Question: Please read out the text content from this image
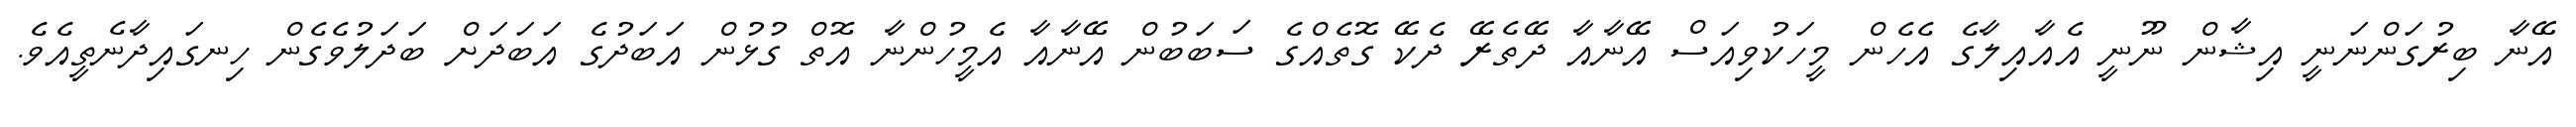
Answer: އޭނާ ބިރުގަންނަނީ އިޝާން ނޫނީ އެއާއިލާގެ އެހެން މީހަކުވިއަސް އޭނާއާ ދޭތެރޭ ދެކޭ ގޮތެއްގެ ސަބަބުން އޭނާއާ އެމީހުންނާ އޮތް ގުޅުން އަބަދުގެ އަބަދަށް ބަދަލުވެގެން ހިނގައިދާނެތީއެވެ.